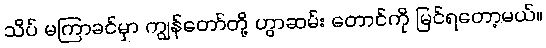
သိပ် မကြာခင်မှာ ကျွန်တော်တို့ ဟွာဆမ်း တောင်ကို မြင်ရတော့မယ်။